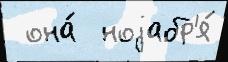
 она́  ноjабр'я́